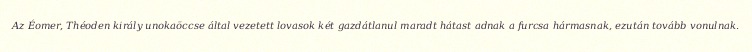
Az Éomer, Théoden király unokaöccse által vezetett lovasok két gazdátlanul maradt hátast adnak a furcsa hármasnak, ezután tovább vonulnak.